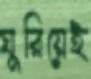
ঘুরিয়েই